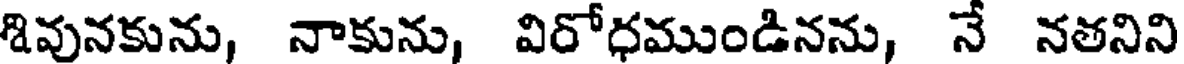
శివునకును, నాకును, విరోధముండినను, నే నతనిని